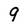
Character: 9